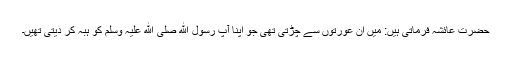
حضرت عائشہ فرماتی ہیں: میں ان عورتوں سے چڑتی تھی جو اپنا آپ رسول ﷲ صلی ﷲ علیہ وسلم کو ہبہ کر دیتی تھیں۔